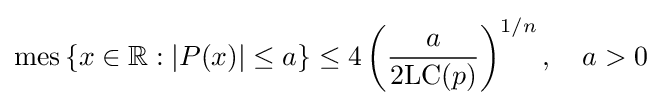
\operatorname {mes} \left\{x\in \mathbb {R} :\left|P(x)\right|\leq a\right\}\leq 4\left({\frac {a}{2\mathrm {LC} (p)}}\right)^{1/n},\quad a>0~